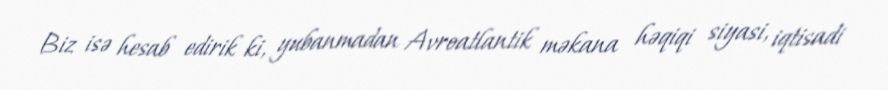
Biz isə hesab edirik ki, yubanmadan Avroatlantik məkana həqiqi siyasi, iqtisadi